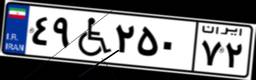
۴۱W۴۲۲۸۳